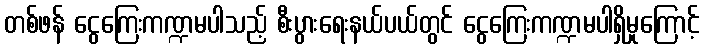
တစ်ဖန် ငွေကြေးကဏ္ဍမပါသည့် စီးပွားရေးနယ်ပယ်တွင် ငွေကြေးကဏ္ဍမပါရှိမှုကြောင့်